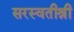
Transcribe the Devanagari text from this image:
सरस्वतीश्री